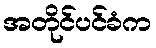
အတိုင်ပင်ခံက